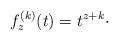
LaTeX: \begin{align*}f_z^{(k)}(t) = t^{z+k}\cdot\end{align*}